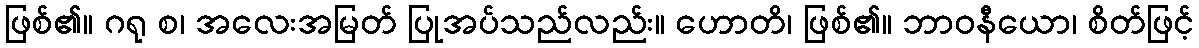
ဖြစ်၏။ ဂရု စ၊ အလေးအမြတ် ပြုအပ်သည်လည်း။ ဟောတိ၊ ဖြစ်၏။ ဘာဝနီယော၊ စိတ်ဖြင့်